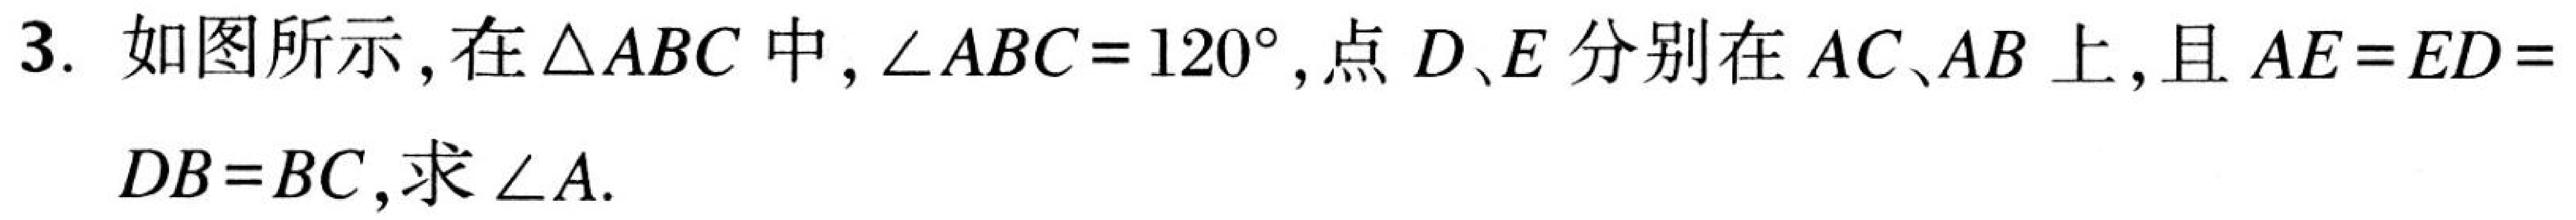
3. 如图所示，在\(\triangle ABC\)中，\(\angle ABC = 120^{\circ}\)，点\(D、E\)分别在\(AC、AB\)上，且\(AE = ED = DB = BC\)，求\(\angle A\).